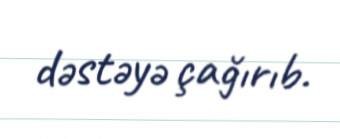
dəstəyə çağırıb.